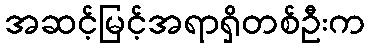
အဆင့်မြင့်အရာရှိတစ်ဦးက